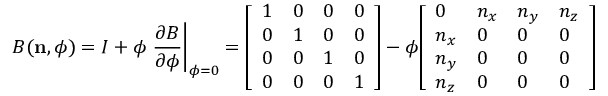
B ( \mathbf { n } , \phi ) = I + \phi \left. { \frac { \partial B } { \partial \phi } } \right| _ { \phi = 0 } = { \left[ \begin{array} { l l l l } { 1 } & { 0 } & { 0 } & { 0 } \\ { 0 } & { 1 } & { 0 } & { 0 } \\ { 0 } & { 0 } & { 1 } & { 0 } \\ { 0 } & { 0 } & { 0 } & { 1 } \end{array} \right] } - \phi { \left[ \begin{array} { l l l l } { 0 } & { n _ { x } } & { n _ { y } } & { n _ { z } } \\ { n _ { x } } & { 0 } & { 0 } & { 0 } \\ { n _ { y } } & { 0 } & { 0 } & { 0 } \\ { n _ { z } } & { 0 } & { 0 } & { 0 } \end{array} \right] }